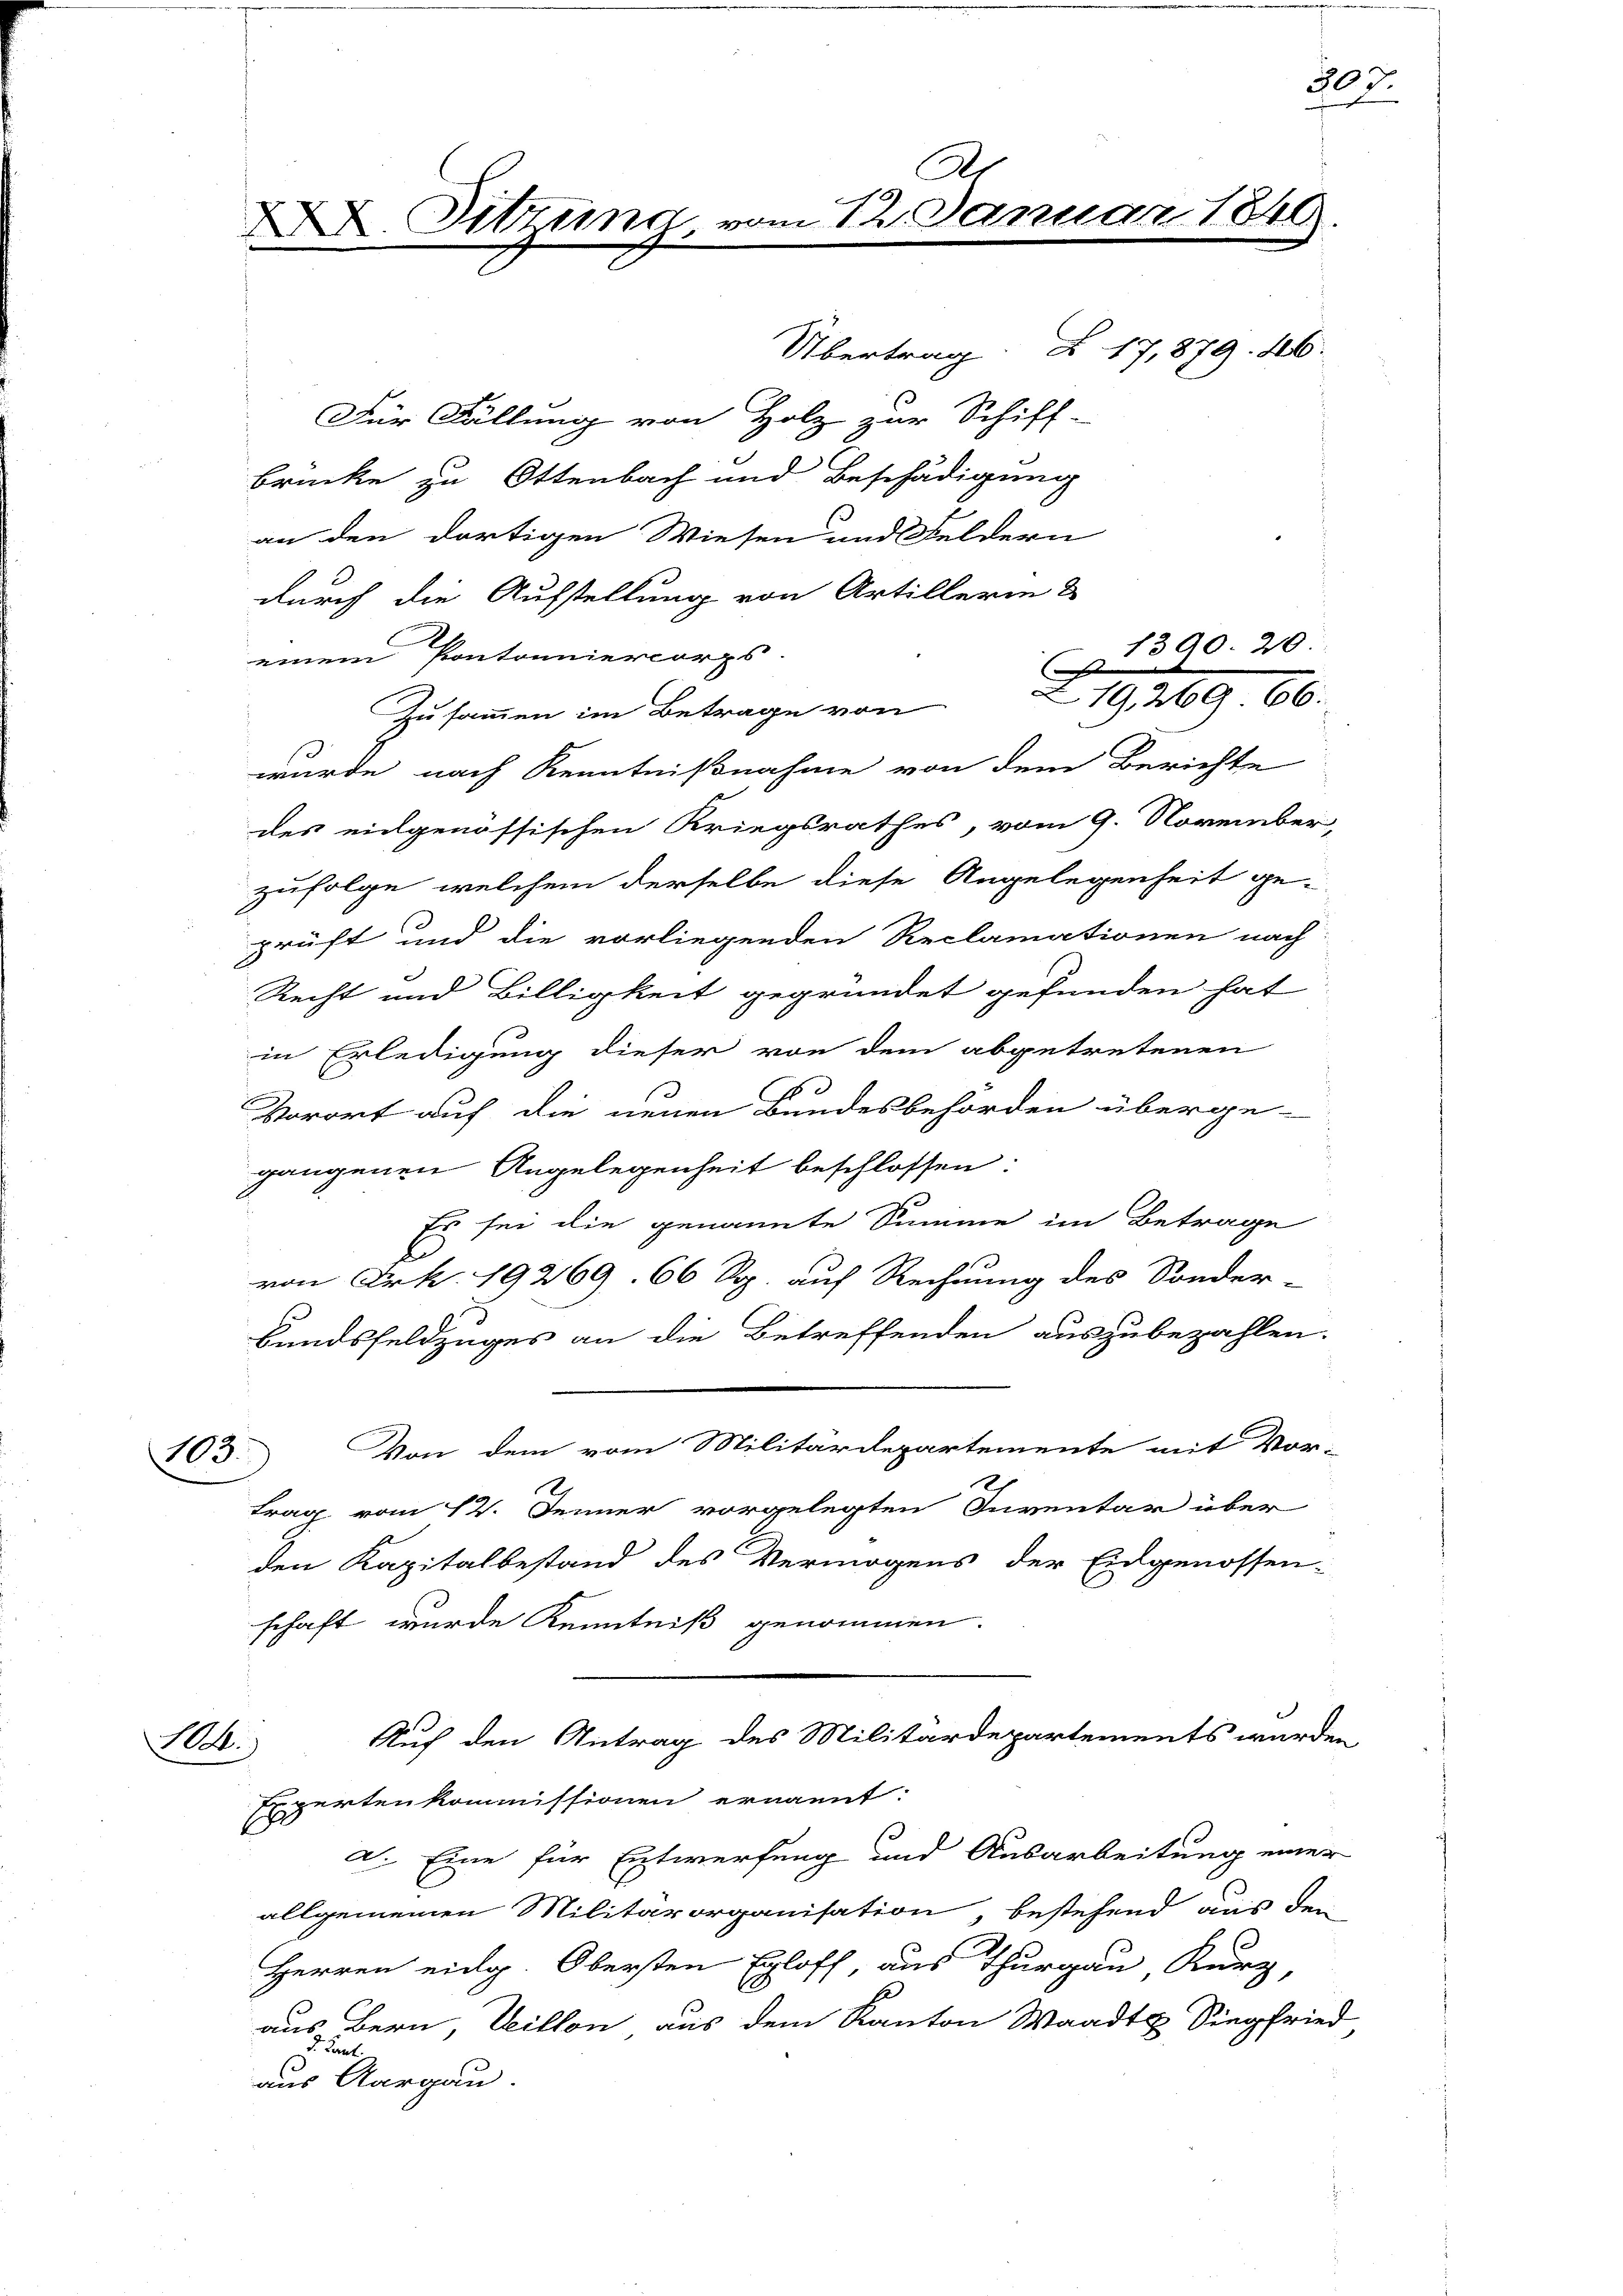
k

103.

Übertrag § 17,879. 486.
Für Fällung von Holz zur Schiff-
brücke zu Ottenbach und Beschädigung
an den dortigen Wiesen und Feldern
durch die Aufstellung von Artillerin &
einem Pontonniercorps.
219, 269. 66.
Zusammen im Betrage von
wurde nach Kenntnißnahme von dem Berichte
des eidgenössischen Kriegsrathes, vom 9. November,
zufolge, welchem derselbe diese Angelegenheit ge-
prüft und die vorliegenden Reclamationen nach
Recht und Billigkeit gegründet gefunden hat
in Erledigung dieser von dem abgetretenen
Vorort auf die neuen Bundesbehörden überge-
gangenen Angelegenheit beschlossen:
Es sei die genannte Summe im Betrage
von Frk. 19269. 66 Rp. auf Rechnung des Sonder
Bundsfeldzuges an die Betreffenden auszubezahlen.
Von dem vom Militärdepartemente mit Vor-
2
trag vom 12. Jenner vorgelegten Inventar über
den Kapitalbestand des Vermögens der Eidgenossen-
schaft wurde Kenntniß genommen

Dr
X Sitzung, vom 12. Janu

Auf den Antrag des Militärdepartements wurden
Expertenkommissionen ernannt:

a. Eine für Entwerfung und Ausarbeitung einer
allgemeinen Militärorganisation, bestehend aus dem
Herren eidg. Obersten Egloff aus Thurgau Kurz,
aus Bern Veillon aus dem Kanton Waadt Siegfried
 Aargau.

390. 20.

184.

303.

9